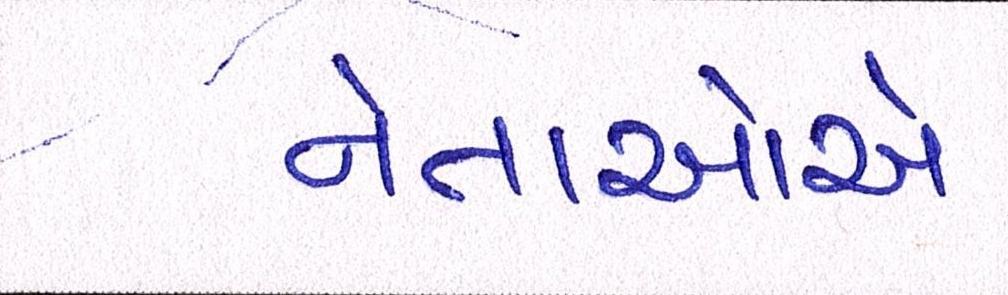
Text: નેતાઓએ